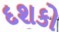
દશકો